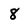
Character: 8